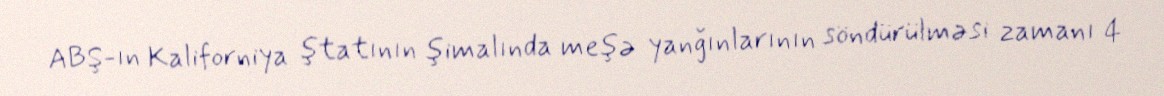
ABŞ-ın Kaliforniya ştatının şimalında meşə yanğınlarının söndürülməsi zamanı 4